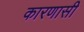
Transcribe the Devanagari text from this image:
कारणासी